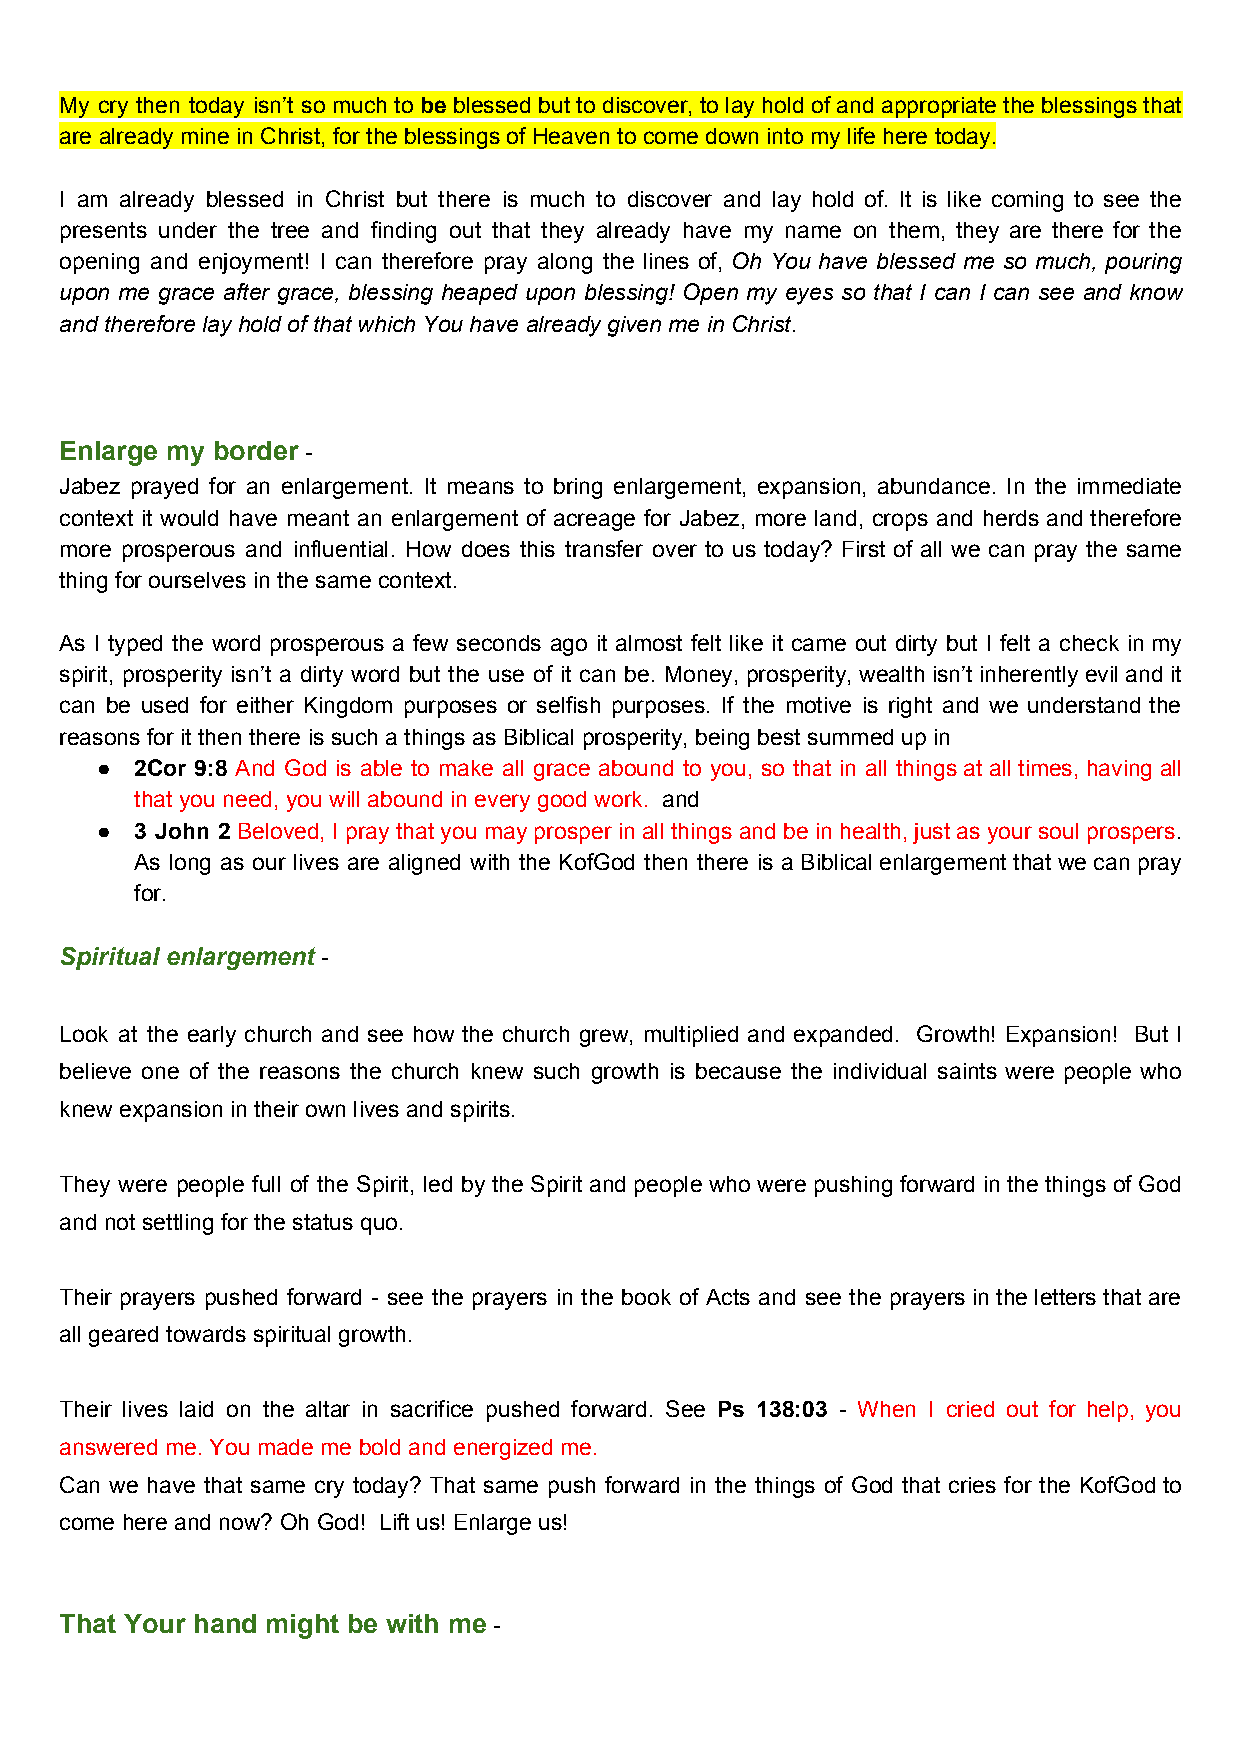
My cry then today isn’t so much to be blessed but to discover, to lay hold of and appropriate the blessings that
 ​ ​
 are already mine in Christ, for the blessings of Heaven to come down into my life here today.
 I am already blessed in Christ but there is much to discover and lay hold of. It is like coming to see the
 presents under the tree and finding out that they already have my name on them, they are there for the
 opening and enjoyment! I can therefore pray along the lines of, Oh You have blessed me so much, pouring
 ​
 upon me grace after grace, blessing heaped upon blessing! Open my eyes so that I can I can see and know
 and therefore lay hold of that which You have already given me in Christ.
 ​
 Enlarge my border -
 ​
 Jabez prayed for an enlargement. It means to bring enlargement, expansion, abundance. In the immediate
 context it would have meant an enlargement of acreage for Jabez, more land, crops and herds and therefore
 more prosperous and influential. How does this transfer over to us today? First of all we can pray the same
 thing for ourselves in the same context.
 As I typed the word prosperous a few seconds ago it almost felt like it came out dirty but I felt a check in my
 spirit, prosperity isn’t a dirty word but the use of it can be. Money, prosperity, wealth isn’t inherently evil and it
 can be used for either Kingdom purposes or selfish purposes. If the motive is right and we understand the
 reasons for it then there is such a things as Biblical prosperity, being best summed up in
 ●  2Cor 9:8 And God is able to make all grace abound to you, so that in all things at all times, having all
 ​
 that you need, you will abound in every good work. and
 ​
 ●  3 John 2 Beloved, I pray that you may prosper in all things and be in health, just as your soul prospers.
 ​                                                             ​
 As long as our lives are aligned with the KofGod then there is a Biblical enlargement that we can pray
 for.
 Spiritual enlargement -
 ​
 Look at the early church and see how the church grew, multiplied and expanded. Growth! Expansion! But I
 believe one of the reasons the church knew such growth is because the individual saints were people who
 knew expansion in their own lives and spirits.
 They were people full of the Spirit, led by the Spirit and people who were pushing forward in the things of God
 and not settling for the status quo.
 Their prayers pushed forward - see the prayers in the book of Acts and see the prayers in the letters that are
 all geared towards spiritual growth.
 Their lives laid on the altar in sacrifice pushed forward. See Ps 138:03 - When I cried out for help, you
 ​         ​
 answered me. You made me bold and energized me.
 Can we have that same cry today? That same push forward in the things of God that cries for the KofGod to
 come here and now? Oh God! Lift us! Enlarge us!
 That Your hand might be with me -
 ​